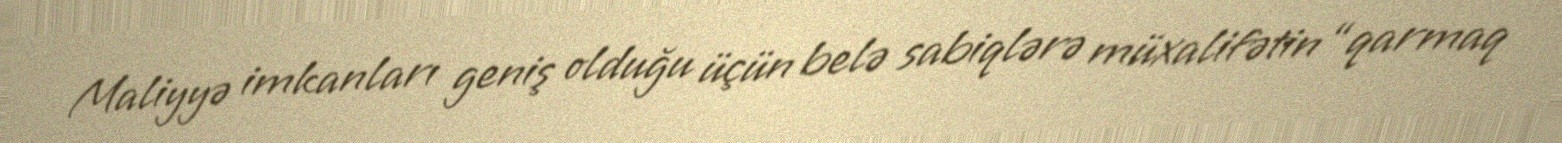
Maliyyə imkanları geniş olduğu üçün belə sabiqlərə müxalifətin “qarmaq